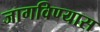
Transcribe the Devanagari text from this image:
जागविण्यास